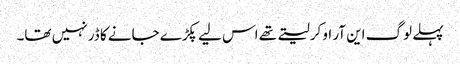
پہلے لوگ این آر او کرلیتے تھے اس لیے پکڑے جانے کا ڈر نہیں تھا۔